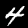
Digit: 4